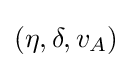
(\eta ,\delta ,v_{A})